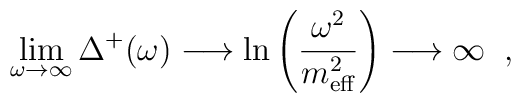
\lim_{\omega\rightarrow\infty}\Delta^{+}(\omega)\longrightarrow \ln\left(\frac{\omega^{2}}{m_{\mbox{\scriptsize eff}}^{2}}\right)\longrightarrow\infty \;\;,